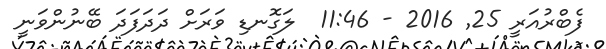
ފެބްރުއަރީ 25